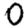
Digit: 0